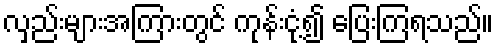
လှည်းများအကြားတွင် ကုန်းငုံ့၍ ပြေးကြရသည်။